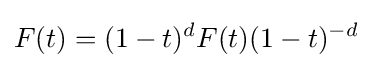
F(t)=(1-t)^{d}F(t)(1-t)^{-d}